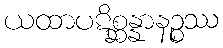
ယထာပဋိစ္ဆန္နာနဉ္စဿ